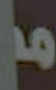
من